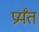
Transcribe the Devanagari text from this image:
प्रर्यंत